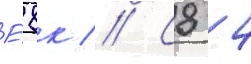
Е́8к // С8 4